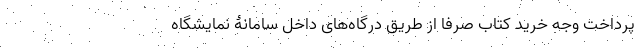
پرداخت وجه خرید کتاب صرفاً از طریق درگاه‌های داخل سامانۀ نمایشگاه